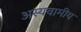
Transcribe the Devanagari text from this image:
अस्यवामीय